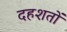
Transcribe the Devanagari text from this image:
दहशतों